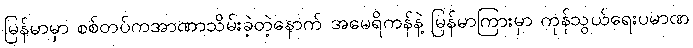
မြန်မာမှာ စစ်တပ်ကအာဏာသိမ်းခဲ့တဲ့နောက် အမေရိကန်နဲ့ မြန်မာကြားမှာ ကုန်သွယ်ရေးပမာဏ